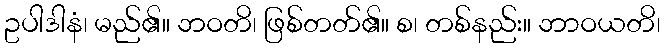
ဥပါဒါနံ၊ မည်၏။ ဘဝတိ၊ ဖြစ်တတ်၏။ စ၊ တစ်နည်း။ ဘာဝယတိ၊